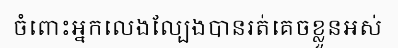
ចំពោះអ្នកលេងល្បែងបានរត់គេចខ្លួនអស់